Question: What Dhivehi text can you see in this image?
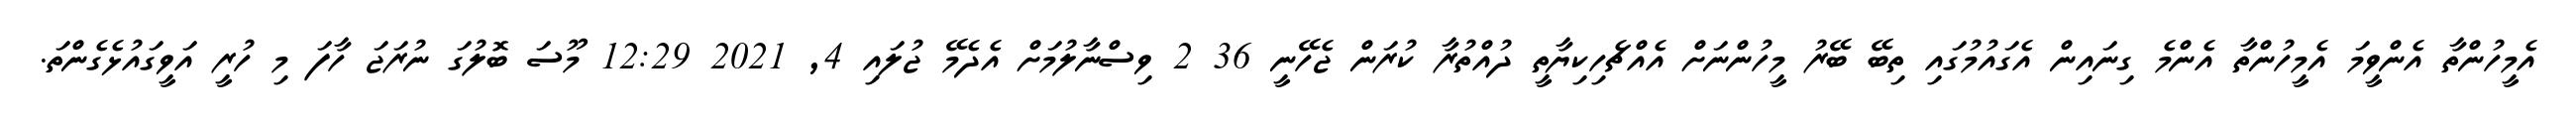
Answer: އެމީހުންތާ އެންވީމަ އެމީހުންތާ އެންމެ ގިނައިން އެގައުމުގައި ތިބޭ ބޭރު މީހުންނަށް އެއްޗެހިކިޔާތީ ދުއްތުރާ ކުރަން ޖެހޭނީ 36 2 ވިސްނާލުމަށް އެދެމޭ ޖުލައި 4, 2021 12:29 މޫސަ ބޮލުގަ ނުރަޖަ ހާފަ މި ހުރީ އަވީގައުޅެގެންތަ.